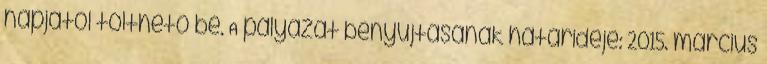
napjától tölthető be. A pályázat benyújtásának határideje: 2015. március